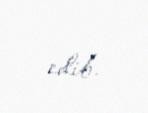
edib.